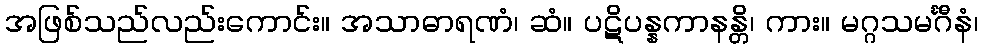
အဖြစ်သည်လည်းကောင်း။ အသာဓာရဏံ၊ ဆံ။ ပဋိပန္နကာနန္တိ၊ ကား။ မဂ္ဂသမင်္ဂီနံ၊